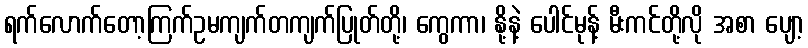
ရက်လောက်တော့ကြက်ဥမကျက်တကျက်ပြုတ်တို့၊ ကွေကာ၊ နို့နဲ့ ပေါင်မုန့် မီးကင်တို့လို အစာ ပျော့